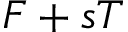
F + s T